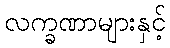
လက္ခဏာများနှင့်